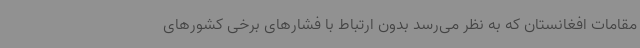
مقامات افغانستان که به نظر می‌رسد بدون ارتباط با فشارهای برخی کشورهای